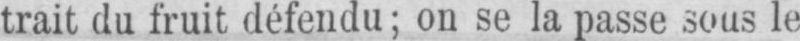
trait du fruit défendu; on se la passe sous le